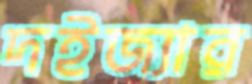
দইজ্যার